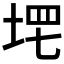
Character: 𡌣